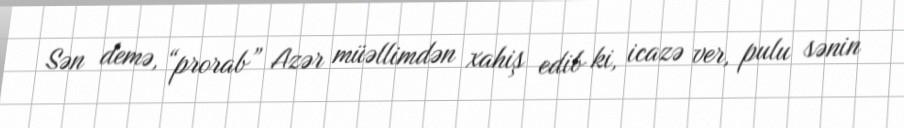
Sən demə, “prorab” Azər müəllimdən xahiş edib ki, icazə ver, pulu sənin